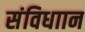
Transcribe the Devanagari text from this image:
संविधाान